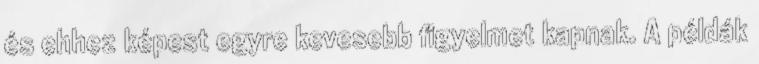
és ehhez képest egyre kevesebb figyelmet kapnak. A példák